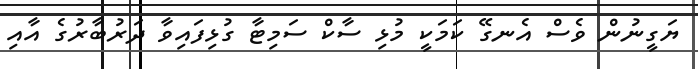
ޔަގީނުން ވެސް އެނގޭ ކަމަކީ މުޅި ސާކް ސަމިޓާ ގުޅިފައިވާ ދަރުބާރުގެ އާއި